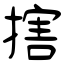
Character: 搳